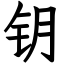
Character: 钥